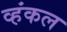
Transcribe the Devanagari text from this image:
व्हंकल